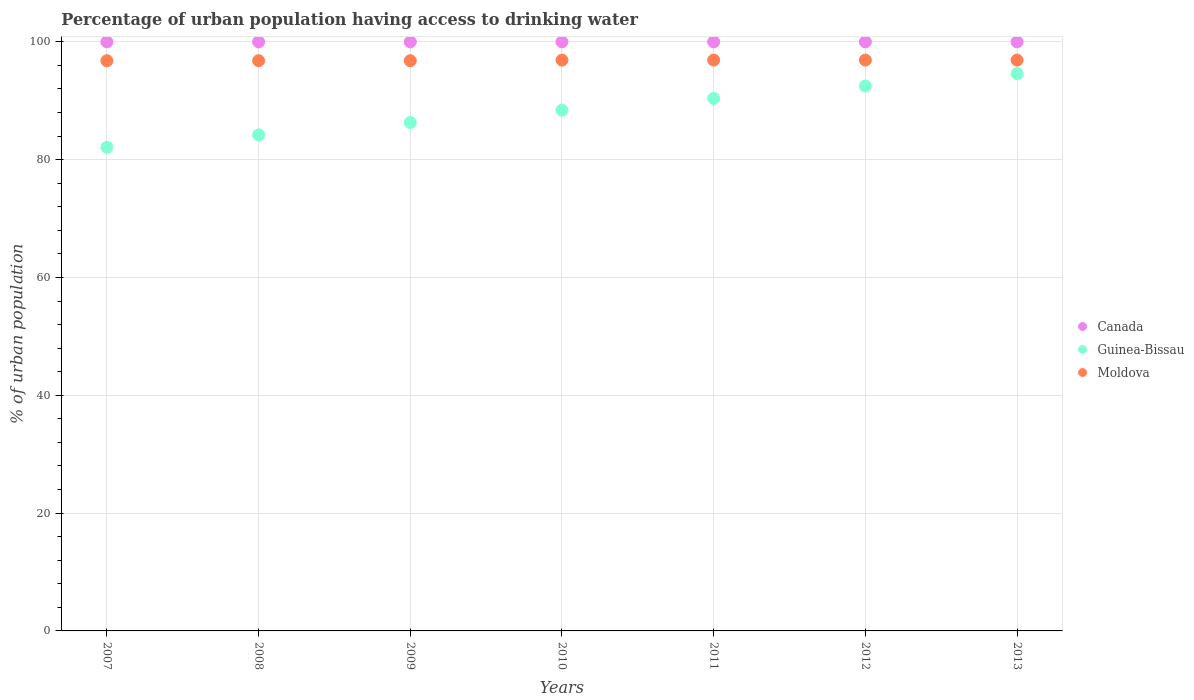
| Years | Canada | Guinea-Bissau | Moldova |
 | --- | --- | --- | --- |
 | 2007 | 100 | 82.1 | 96.8 |
 | 2008 | 100 | 84.2 | 96.8 |
 | 2009 | 100 | 86.3 | 96.8 |
 | 2010 | 100 | 88.4 | 96.9 |
 | 2011 | 100 | 90.4 | 96.9 |
 | 2012 | 100 | 92.5 | 96.9 |
 | 2013 | 100 | 94.6 | 96.9 |